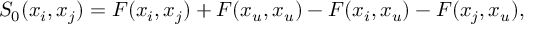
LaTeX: S _ { 0 } ( x _ { i } , x _ { j } ) = F ( x _ { i } , x _ { j } ) + F ( x _ { u } , x _ { u } ) - F ( x _ { i } , x _ { u } ) - F ( x _ { j } , x _ { u } ) ,